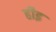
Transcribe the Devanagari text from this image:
हीइ